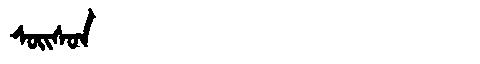
Manchu: ᠰᠣᡳᠰᠣᠨ
Romanization: SOISON